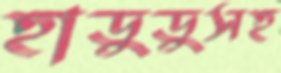
হাডুডুসহ